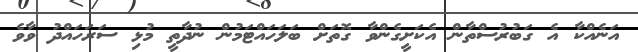
އަނެއްކާ އެ ގަބުރުސްތާން އެކަށީގެންވާ ގޮތަށް ބަލަހައްޓަމުން ނުދާތީ މުޅި ސަރަހައްދު ވާވެ